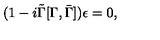
( 1 - i \tilde { \Gamma } [ \Gamma , \bar { \Gamma } ] ) \epsilon = 0 ,